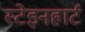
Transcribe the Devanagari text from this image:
स्टेइनहार्ट